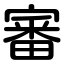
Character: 審